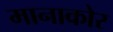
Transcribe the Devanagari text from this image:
मानाकोर